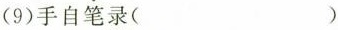
(9)手自笔\underset{·}{录}( )